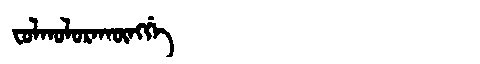
Manchu: ᠸᠣᠯᡴᠣᠯᠣᡵᠠᡴᡡᠩᡤᡝ
Romanization: FOLKOLORAKŪNGGE